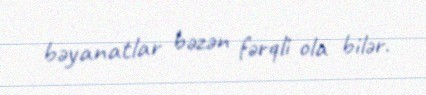
bəyanatlar bəzən fərqli ola bilər.